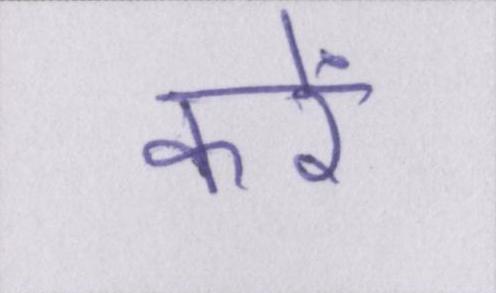
करें